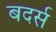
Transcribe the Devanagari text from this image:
बदर्स